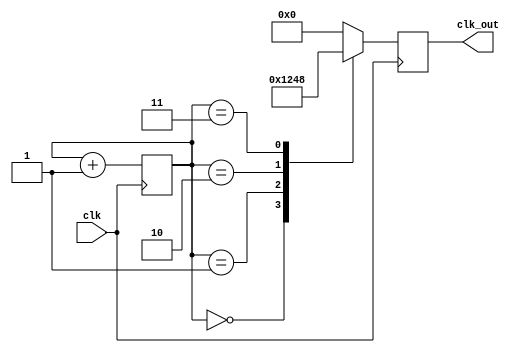
module Johnson_Counter_CLK_Divider (
    input clk,
    output reg[3:0] clk_out
);

reg[3:0] count;

always @(posedge clk) begin
    count <= count + 1;
    case (count)
        4'h0: clk_out <= 4'b0001;
        4'h1: clk_out <= 4'b0010;
        4'h2: clk_out <= 4'b0100;
        4'h3: clk_out <= 4'b1000;
        default: clk_out <= 4'b0000;
    endcase
end

endmodule